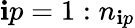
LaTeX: \mathbf{i}p=1:n_{\mathbf{i}p}